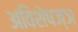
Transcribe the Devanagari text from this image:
अविशेषज्ञ